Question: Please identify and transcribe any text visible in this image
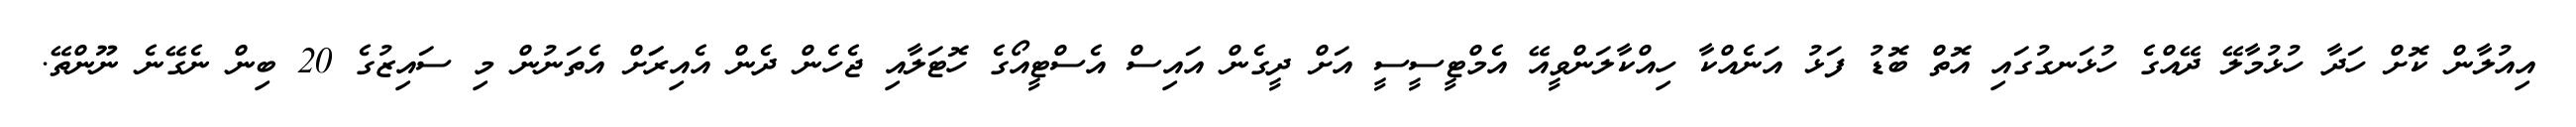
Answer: އިއުލާން ކޮށް ހަދާ ހުޅުމާލޭ ދޭއްގެ ހުޅަނގުގައި އޮތް ބޮޑު ފަޅު އަނެއްކާ ހިއްކާލަންވީއޭ އެމްޓީސީސީ އަށް ދީގެން އައިސް އެސްޓީއޯގެ ހޮޓަލާއި ޖެހެން ދެން އެއިރަަށް އެތަނުން މި ސައިޒުގެ 20 ބިން ނެގޭނެ ނޫންތޭ.